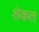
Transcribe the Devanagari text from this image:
शेकत